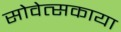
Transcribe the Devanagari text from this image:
सोवेत्सकाया